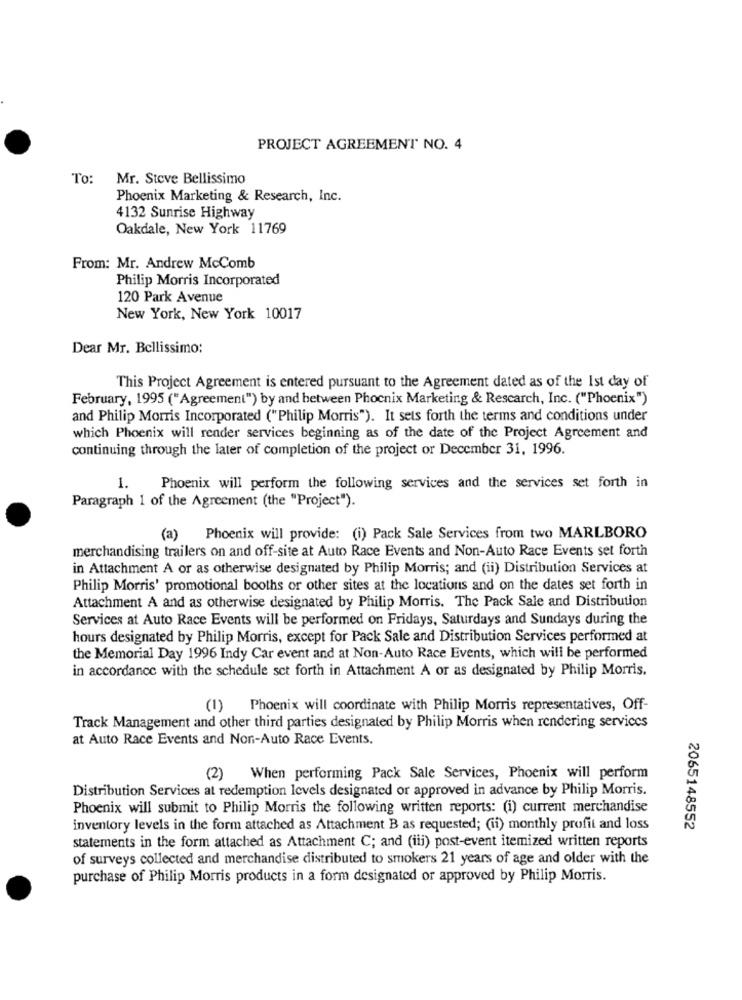
PROJECT AGREEMENT NO. 4
To:
Mr. Steve Bellissimo
Phoenix Marketing & Research, Inc.
4132 Sunrise Highway
Oakdale, New York 11769
From: Mr. Andrew McComb
Philip Morris Incorporated
120 Park Avenue
New York, New York 10017
Dear Mr. Bellissimo:
This Project Agreement is entered pursuant to the Agreement dated as of the 1st day of
February, 1995 ("Agreement") by and between Phoenix Marketing & Research, Inc. ("Phoenix")
and Philip Morris Incorporated ("Philip Morris"). It sets forth the terms and conditions under
which Phoenix will render services beginning as of the date of the Project Agreement and
continuing through the later of completion of the project or December 31, 1996.
1.
Phoenix will perform the following services and the services set forth in
Paragraph 1 of the Agreement (the "Project").
(a)
Phoenix will provide: (i) Pack Sale Services from two MARLBORO
merchandising trailers on and off-site at Auto Race Events and Non-Auto Race Events set forth
in Attachment A or as otherwise designated by Philip Morris; and (ii) Distribution Services at
Philip Morris' promotional booths or other sites at the locations and on the dates set forth in
Attachment A and as otherwise designated by Philip Morris. The Pack Sale and Distribution
Services at Auto Race Events will be performed on Fridays, Saturdays and Sundays during the
hours designated by Philip Morris, except for Pack Sale and Distribution Services performed at
the Memorial Day 1996 Indy Car event and at Non-Auto Race Events, which will be performed
in accordance with the schedule set forth in Attachment A or as designated by Philip Morris.
(1)
Phoenix will coordinate with Philip Morris representatives, Off-
Track Management and other third parties designated by Philip Morris when rendering services
at Auto Race Events and Non-Auto Race Events.
(2) When performing Pack Sale Services, Phoenix will perform
Distribution Services at redemption levels designated or approved in advance by Philip Morris.
Phoenix will submit to Philip Morris the following written reports: (i) current merchandise
inventory levels in the form attached as Attachment B as requested; (ii) monthly profit and loss
2065148552
statements in the form attached as Attachment C; and (iii) post-event itemized written reports
of surveys collected and merchandise distributed to smokers 21 years of age and older with the
purchase of Philip Morris products in a form designated or approved by Philip Morris.